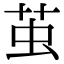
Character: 茧